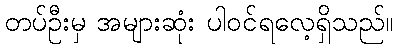
တပ်ဦးမှ အများဆုံး ပါဝင်ရလေ့ရှိသည်။